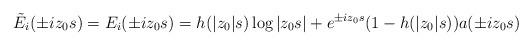
LaTeX: \begin{align*} \tilde{E}_i (\pm iz_0s) = E_i(\pm iz_0s) = h ( |z_0|s) \log |z_0s| + e^{\pm iz_0s} (1-h( |z_0|s) )a(\pm iz_0s) \end{align*}